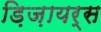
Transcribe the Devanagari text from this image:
ड़िज़ायर्स